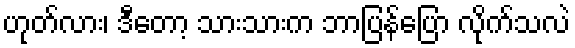
ဟုတ်လား၊ ဒီတော့ သားသားက ဘာပြန်ပြော လိုက်သလဲ